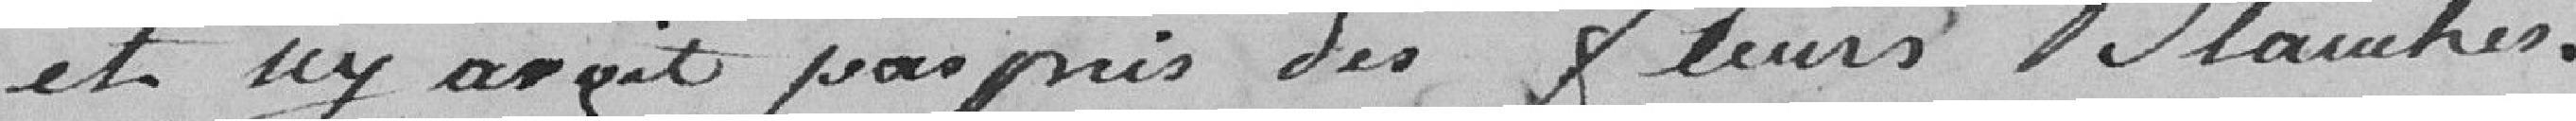
et il avait pas pris des Fleurs Blanches